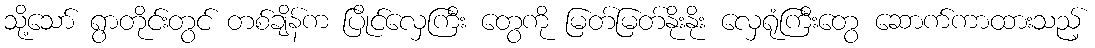
သို့သော် ရွာတိုင်းတွင် တစ်ချိန်က ပြိုင်လှေကြီး တွေကို မြတ်မြတ်နိုးနိုး လှေရုံကြီးတွေ ဆောက်ကာထားသည့်